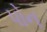
પોન